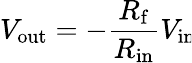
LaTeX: V_{\mathrm{out}}=-{\frac{R_{\mathrm{f}}}{R_{\mathrm{in}}}}V_{\mathrm{in}}\!